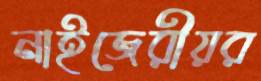
নাইজেরীয়র